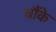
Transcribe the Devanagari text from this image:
चौंके